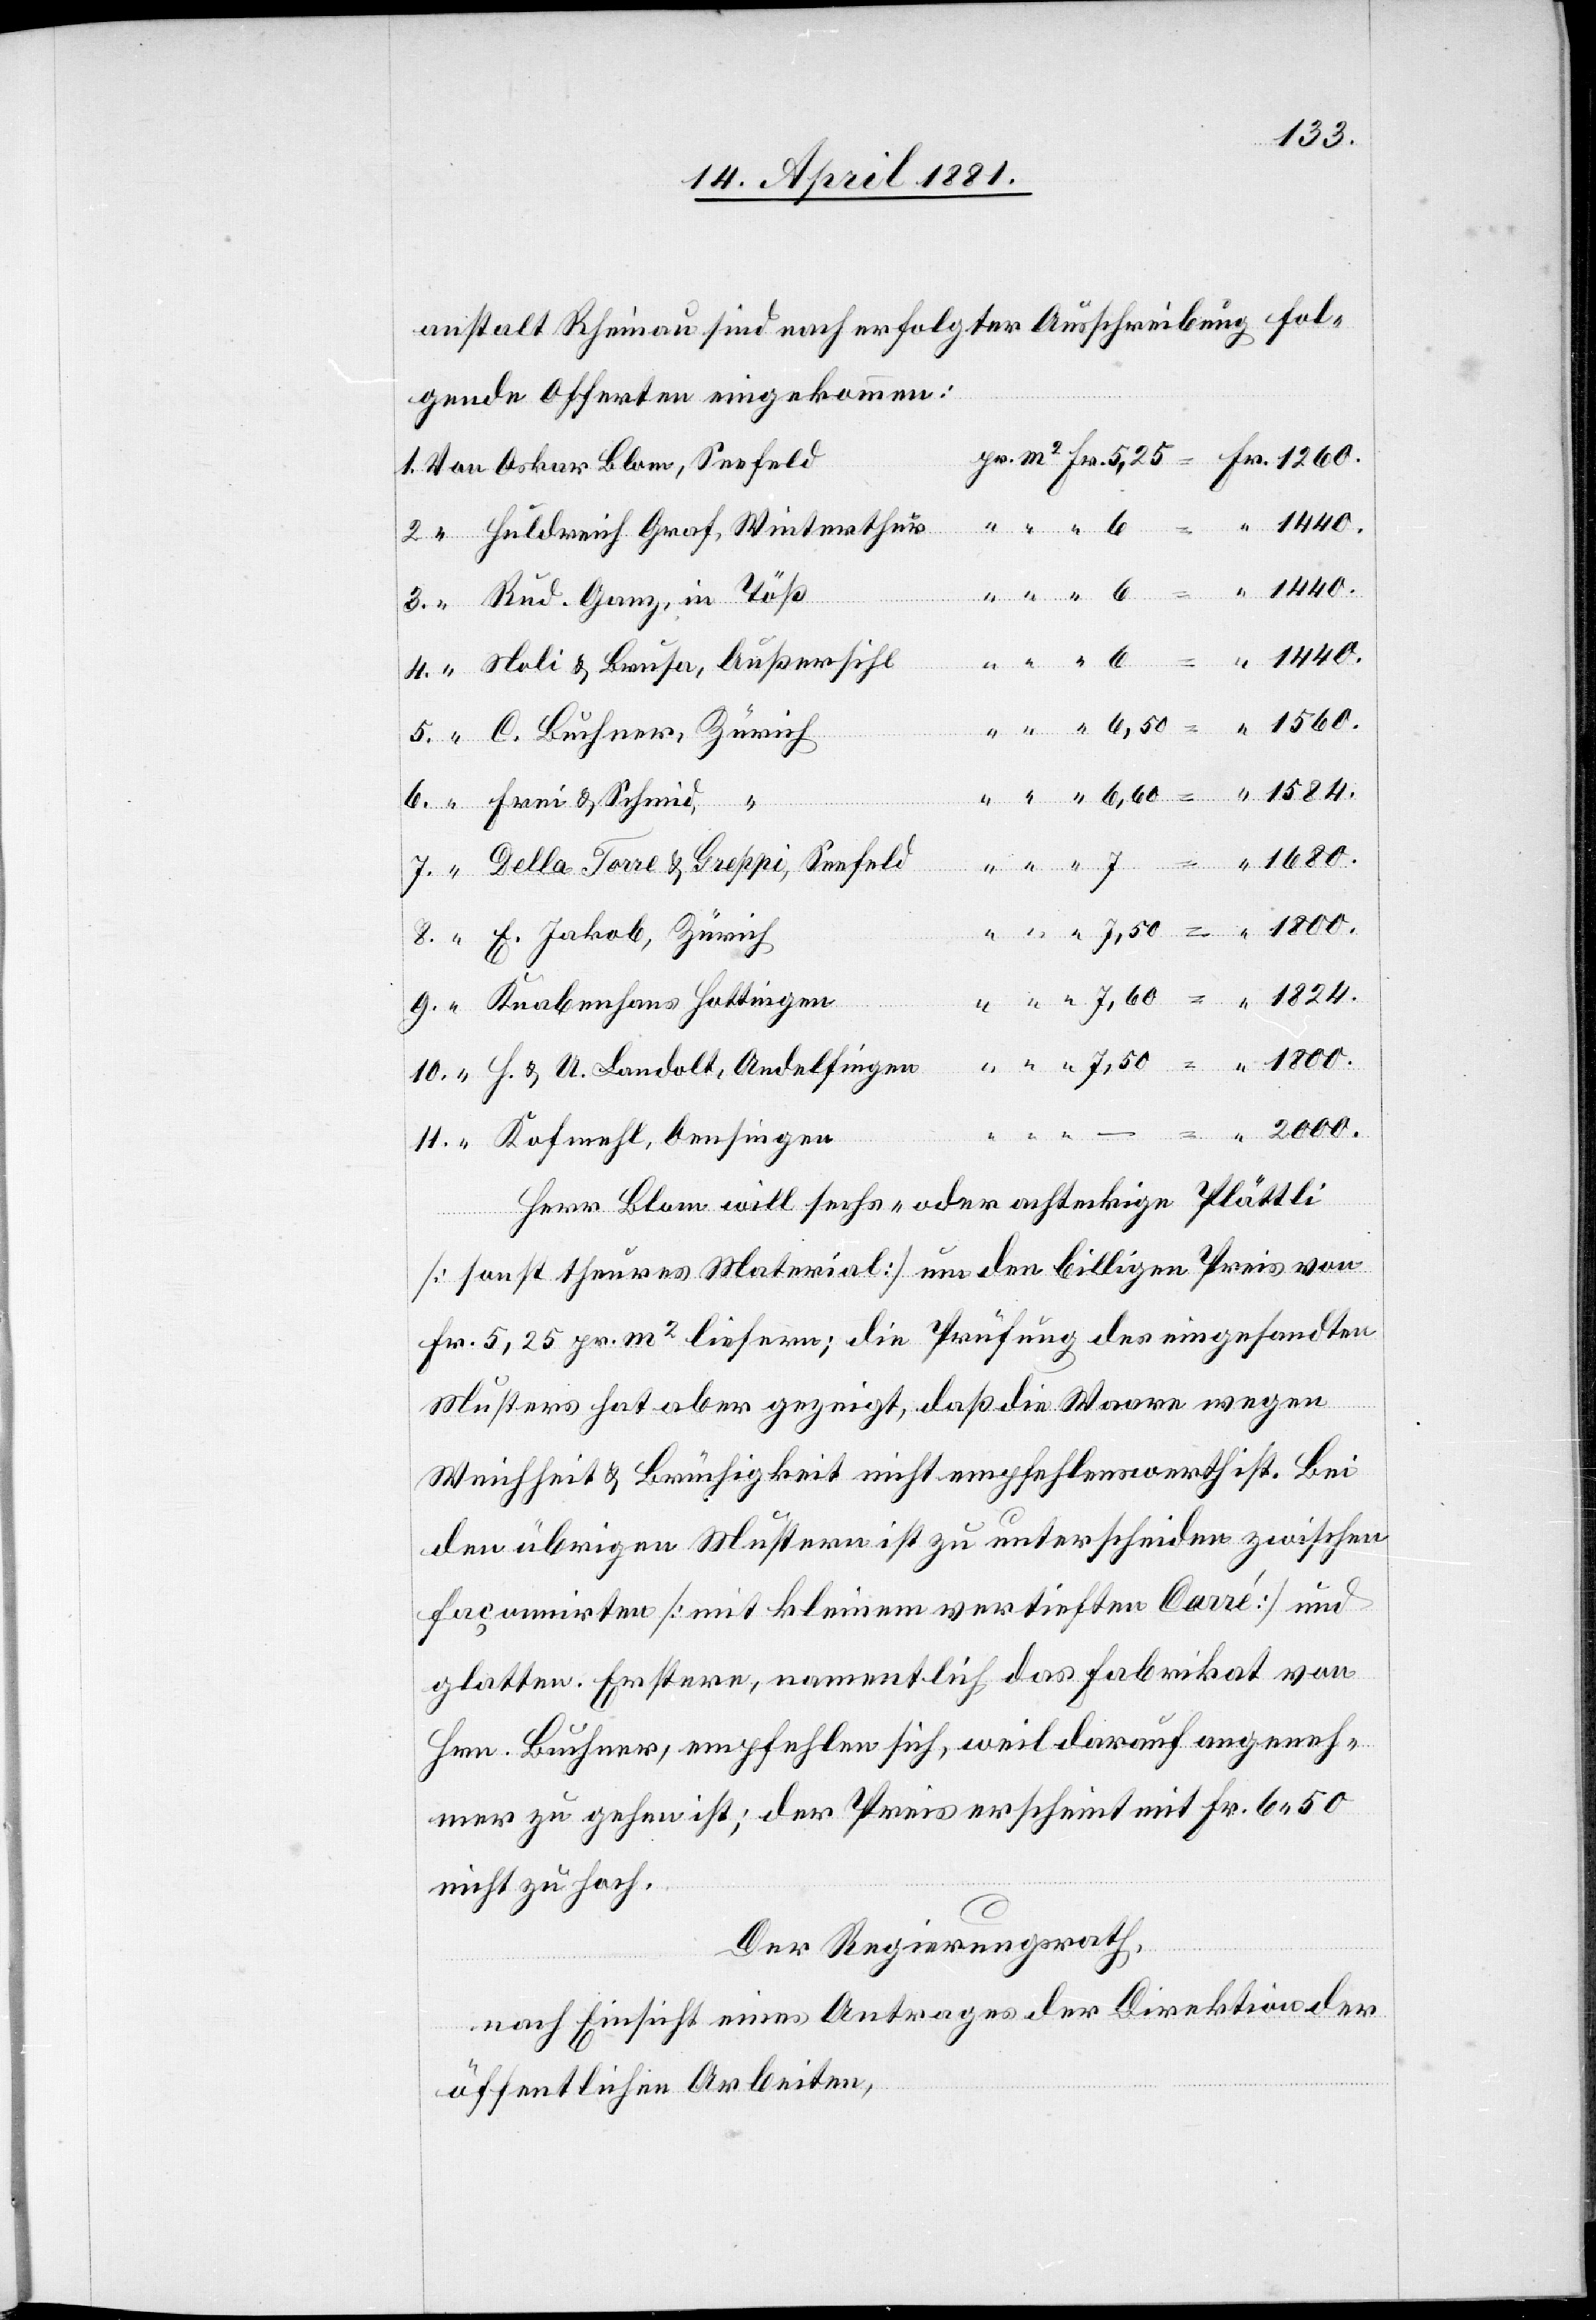
1800.
anstalt Rheinau sind nach erfolgter Ausschreibung fol¬
gende Offerten eingekommen:
Huldrich Graf, Winterthur
Rud. Ganz, in Töß
Noli & Brusa, Aussersihl
C. Buchner, Zürich
Della Torre & Greppi, Seefeld
E. Jakob, Zürich
H. & U. Landolt, Andelfingen
Kofmehl, Oensingen
Herr Blum will sechs- oder achteckige Plättli
Frei
[sonst theures Material] um den billigen Preis von
Fr. 5,25 pr. m2 liefern; die Prüfung des eingesandten
Musters hat aber gezeigt, daß die Ware wegen
Weichheit & Brüchigkeit nicht empfehlenswerth ist. Bei
den übrigen Mustern ist zu unterscheiden zwischen
façonnirten [mit kleinem vertieften Carré] und
glatten. Erstere, namentlich das Fabrikat von
Hrn. Buchner, empfehlen sich, weil darauf angeneh¬
mer zu gehen ist; der Preis erscheint mit Fr. 6,50
nicht zu hoch.
Der Regierungsrath,
nach Einsicht eines Antrages der Direktion
öffentlichen Arbeiten,